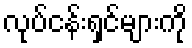
လုပ်ငန်းရှင်များကို